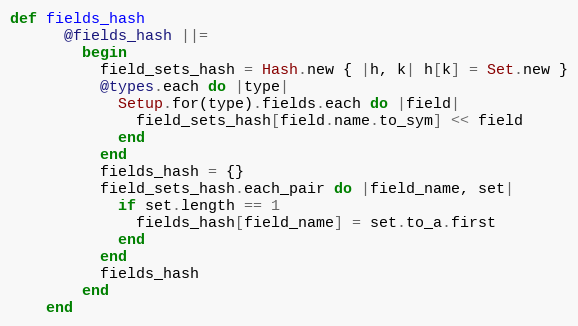
Language: Ruby
def fields_hash
      @fields_hash ||=
        begin
          field_sets_hash = Hash.new { |h, k| h[k] = Set.new }
          @types.each do |type|
            Setup.for(type).fields.each do |field|
              field_sets_hash[field.name.to_sym] << field
            end
          end
          fields_hash = {}
          field_sets_hash.each_pair do |field_name, set|
            if set.length == 1
              fields_hash[field_name] = set.to_a.first
            end
          end
          fields_hash
        end
    end